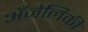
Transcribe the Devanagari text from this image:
अँजेलिकी